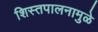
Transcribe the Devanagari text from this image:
शिस्तपालनामुळे